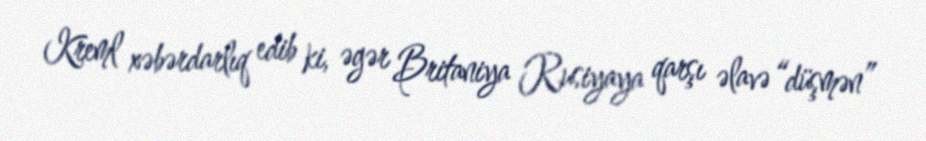
Kreml xəbərdarlıq edib ki, əgər Britaniya Rusiyaya qarşı əlavə “düşmən”